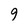
Character: 9